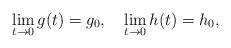
LaTeX: \begin{align*}\lim_{t\to 0} g(t)=g_0,\quad\lim_{t\to 0} h(t)=h_0,\end{align*}